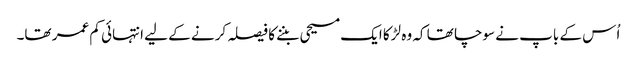
اُس کے باپ نے سوچا تھا کہ وہ لڑکا ایک مسیحی بننے کا فیصلہ کرنے کے لیے انتہائی کم عمر تھا۔